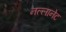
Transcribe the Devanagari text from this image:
नल्लानेट